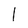
Character: 1